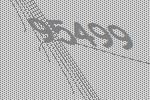
95499